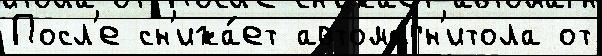
Посл'е сн'ижа́ет автомагн'итола от